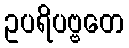
ဥပရိပဗ္ဗတေ